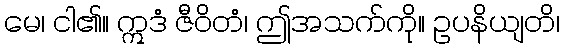
မေ၊ ငါ၏။ ဣဒံ ဇီဝိတံ၊ ဤအသက်ကို။ ဥပနိယျတိ၊